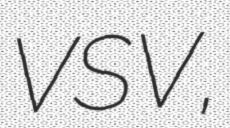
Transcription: VSV,